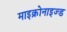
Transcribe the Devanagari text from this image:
माइक्रोनाइज्ड